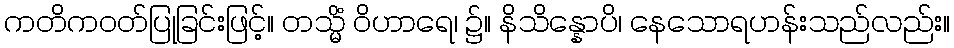
ကတိကဝတ်ပြုခြင်းဖြင့်။ တသ္မိံ ဝိဟာရေ၊ ၌။ နိသိန္နောပိ၊ နေသောရဟန်းသည်လည်း။